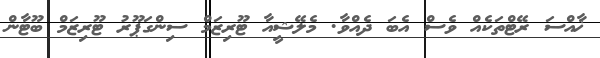
ޚާއްސަ ރޭޓްތަކެއް ވެސް އެބަ ދެއްވާ. މެލޭޝީއާ ޓޫރިޒަމް ސިންގަޕޫރު ޓޫރިޒަމް ބޫޓާން